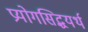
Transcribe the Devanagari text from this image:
प्रयोगसिद्धयर्थ